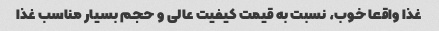
غذا واقعا خوب، نسبت به قیمت کیفیت عالی و حجم بسیار مناسب غذا